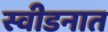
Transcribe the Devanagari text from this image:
स्वीडनात